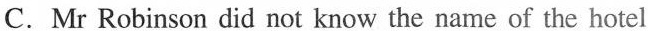
C. Mr Robinson did not know the name of the hotel